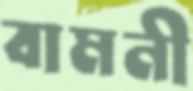
বামনী